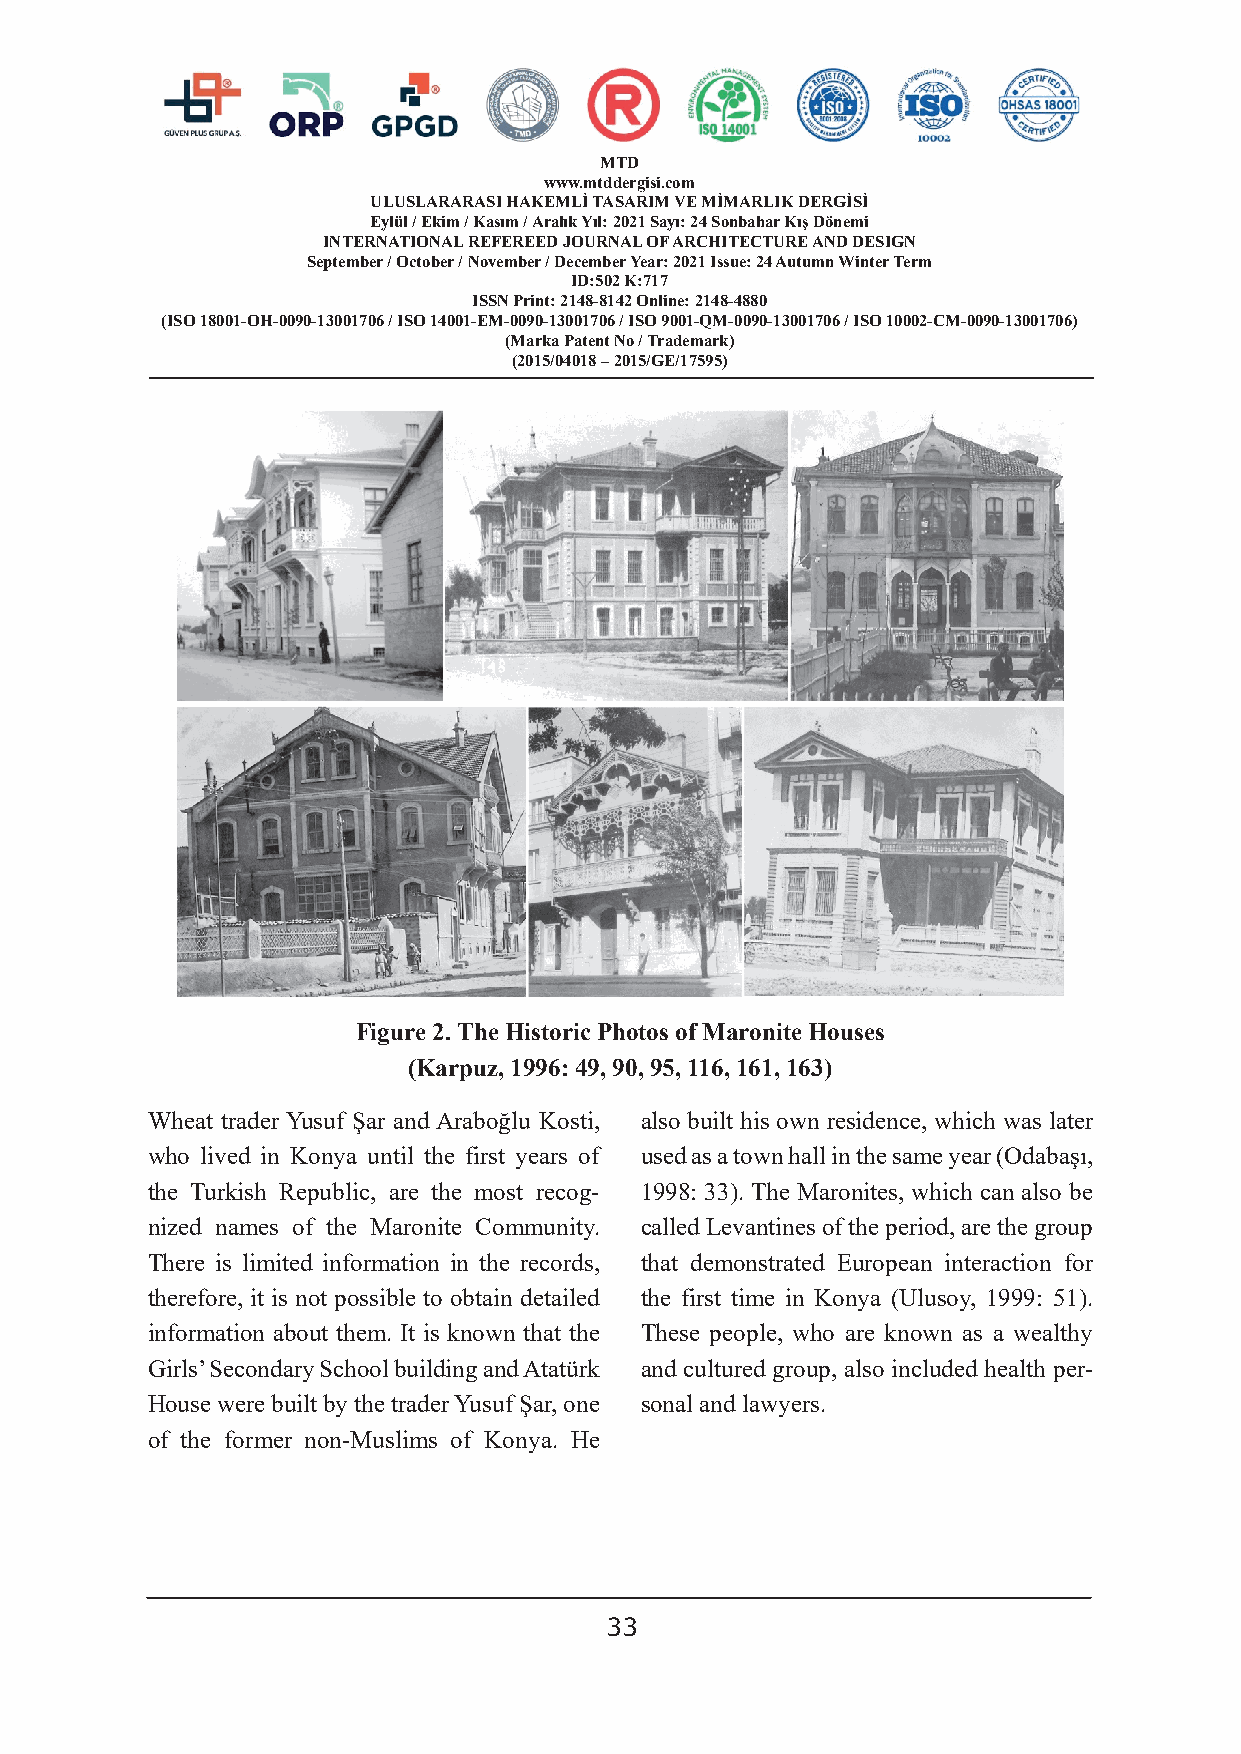
MTD
 www.mtddergisi.com
 ULUSLARARASI HAKEMLİ TASARIM VE MİMARLIK DERGİSİ
 Eylül / Ekim / Kasım / Aralık Yıl: 2021 Sayı: 24 Sonbahar Kış Dönemi
 INTERNATIONAL REFEREED JOURNAL OF ARCHITECTURE AND DESIGN
 September / October / November / December Year: 2021 Issue: 24 Autumn Winter Term
 ID:502 K:717
 ISSN Print: 2148-8142 Online: 2148-4880
 (ISO 18001-OH-0090-13001706 / ISO 14001-EM-0090-13001706 / ISO 9001-QM-0090-13001706 / ISO 10002-CM-0090-13001706)
 (Marka Patent No / Trademark)
 (2015/04018 – 2015/GE/17595)
 Figure 2. The Historic Photos of Maronite Houses
 (Karpuz, 1996: 49, 90, 95, 116, 161, 163)
 Wheat trader Yusuf Şar and Araboğlu Kosti, also built his own residence, which was later
 who lived in Konya until the first years of used as a town hall in the same year (Odabaşı,
 the Turkish Republic, are the most recog- 1998: 33). The Maronites, which can also be
 nized names of the Maronite Community. called Levantines of the period, are the group
 There is limited information in the records, that demonstrated European interaction for
 therefore, it is not possible to obtain detailed the first time in Konya (Ulusoy, 1999: 51).
 information about them. It is known that the These people, who are known as a wealthy
 Girls’ Secondary School building and Atatürk and cultured group, also included health per-
 House were built by the trader Yusuf Şar, one sonal and lawyers.
 of the former non-Muslims of Konya. He
 33